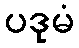
ပဒုမံ